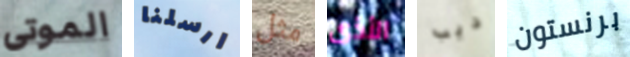
الموتى ارسلنا مثل الأذى ديب برنستون